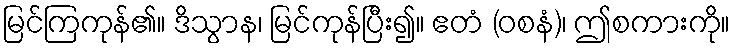
မြင်ကြကုန်၏။ ဒိသွာန၊ မြင်ကုန်ပြီး၍။ ဧတံ (ဝစနံ)၊ ဤစကားကို။